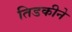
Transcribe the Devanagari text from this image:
तिडकीने